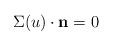
LaTeX: \begin{align*} \Sigma (u) \cdot {\bf n} = 0 \end{align*}